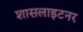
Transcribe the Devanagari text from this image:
शासलाइटनर